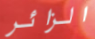
الزائر